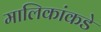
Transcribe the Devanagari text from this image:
मालिकांकडे